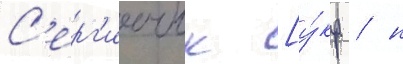
С'ерг'иичук [у́кр. / н